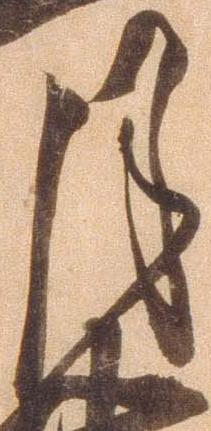
月